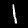
Label: 1